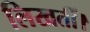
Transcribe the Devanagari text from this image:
लिखतीं।